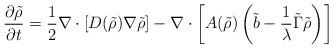
LaTeX: \begin{align*}\frac{\partial\tilde{\rho}}{\partial t}=\frac{1}{2}\nabla\cdot\left[D(\tilde{\rho})\nabla\tilde{\rho}\right]-\nabla\cdot\left[A(\tilde{\rho})\left(\tilde{b}-\frac{1}{\lambda}\tilde{\Gamma}\tilde{\rho}\right)\right]\end{align*}